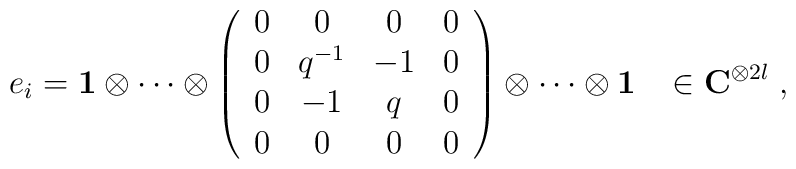
e_{i}={\bf 1}\otimes \cdots \otimes \left(\begin{array}{cccc} 0&0&0&0\\ 0&q^{-1}&-1&0\\   0&-1&q&0\\ 0&0&0&0 \end{array}\right) \otimes \cdots \otimes{\bf 1}\;\;\; \in {\bf C}^{\otimes 2l}\;,